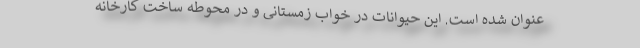
عنوان شده است. این حیوانات در خواب زمستانی و در محوطه ساخت کارخانه